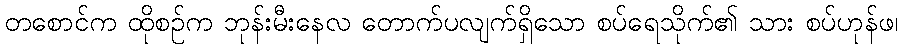
တစောင်က ထိုစဉ်က ဘုန်းမီးနေလ တောက်ပလျက်ရှိသော စပ်ရေသိုက်၏ သား စပ်ဟုန်ဖ၊